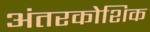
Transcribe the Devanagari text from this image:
अंतरकोशिक